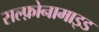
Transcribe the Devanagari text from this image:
सल्‍फ़ोनामाइड